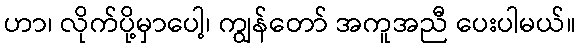
ဟာ၊ လိုက်ပို့မှာပေါ့၊ ကျွန်တော် အကူအညီ ပေးပါမယ်။